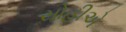
સોહીએ